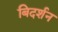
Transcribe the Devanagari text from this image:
बिदर्शन